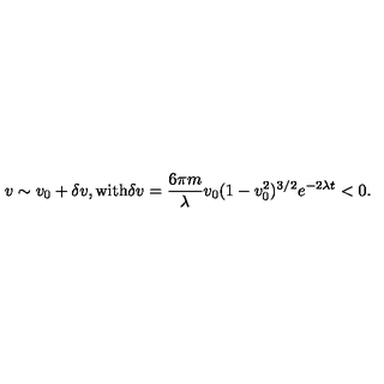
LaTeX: v \sim v _ { 0 } + \delta v , \mathrm { w i t h } \delta v = \frac { 6 \pi m } { \lambda } v _ { 0 } ( 1 - v _ { 0 } ^ { 2 } ) ^ { 3 / 2 } e ^ { - 2 \lambda t } < 0 .